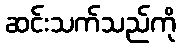
ဆင်းသက်သည်ကို